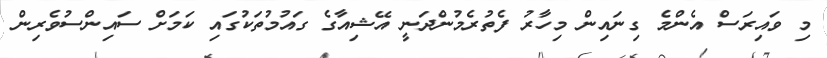
މި ވައިރަސް އެންމެ ގިނައިން މިހާރު ފެތުރެމުންދަނީ އޭޝިއާގެ ގައުމުތަކުގައި ކަމަށް ސައިންސުވެރިން